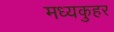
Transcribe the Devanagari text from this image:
मध्यकुहर